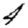
Digit: 4